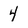
Character: 4